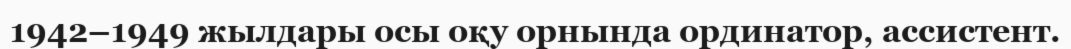
1942–1949 жылдары осы оқу орнында ординатор, ассистент.